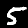
Label: 5